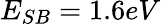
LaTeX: E_{SB}=1.6eV